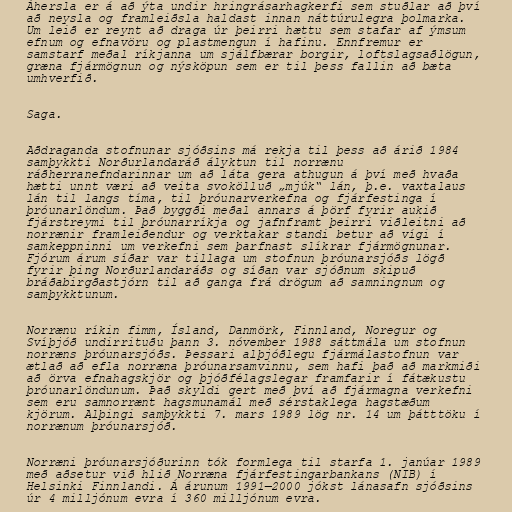
Áhersla er á að ýta undir hringrásarhagkerfi sem stuðlar að því
að neysla og framleiðsla haldast innan náttúrulegra þolmarka.
Um leið er reynt að draga úr þeirri hættu sem stafar af ýmsum
efnum og efnavöru og plastmengun í hafinu. Ennfremur er
samstarf meðal ríkjanna um sjálfbærar borgir, loftslagsaðlögun,
græna fjármögnun og nýsköpun sem er til þess fallin að bæta
umhverfið.

Saga.

Aðdraganda stofnunar sjóðsins má rekja til þess að árið 1984
samþykkti Norðurlandaráð ályktun til norrænu
ráðherranefndarinnar um að láta gera athugun á því með hvaða
hætti unnt væri að veita svokölluð „mjúk“ lán, þ.e. vaxtalaus
lán til langs tíma, til þróunarverkefna og fjárfestinga í
þróunarlöndum. Það byggði meðal annars á þörf fyrir aukið
fjárstreymi til þróunarríkja og jafnframt þeirri viðleitni að
norrænir framleiðendur og verktakar standi betur að vígi í
samkeppninni um verkefni sem þarfnast slíkrar fjármögnunar.
Fjórum árum síðar var tillaga um stofnun þróunarsjóðs lögð
fyrir þing Norðurlandaráðs og síðan var sjóðnum skipuð
bráðabirgðastjórn til að ganga frá drögum að samningnum og
samþykktunum.

Norrænu ríkin fimm, Ísland, Danmörk, Finnland, Noregur og
Svíþjóð undirrituðu þann 3. nóvember 1988 sáttmála um stofnun
norræns þróunarsjóðs. Þessari alþjóðlegu fjármálastofnun var
ætlað að efla norræna þróunarsamvinnu, sem hafi það að markmiði
að örva efnahagskjör og þjóðfélagslegar framfarir í fátækustu
þróunarlöndunum. Það skyldi gert með því að fjármagna verkefni
sem eru samnorrænt hagsmunamál með sérstaklega hagstæðum
kjörum. Alþingi samþykkti 7. mars 1989 lög nr. 14 um þátttöku í
norrænum þróunarsjóð.

Norræni þróunarsjóðurinn tók formlega til starfa 1. janúar 1989
með aðsetur við hlið Norræna fjárfestingarbankans (NIB) í
Helsinki Finnlandi. Á árunum 1991—2000 jókst lánasafn sjóðsins
úr 4 milljónum evra í 360 milljónum evra.